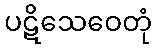
ပဋိသေဝေတုံ